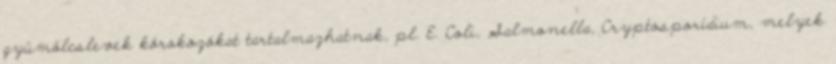
gyümölcslevek kórokozókat tartalmazhatnak, pl. E. Coli, Salmonella, Cryptosporidium, melyek